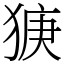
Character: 㹹